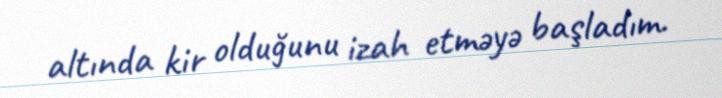
altında kir olduğunu izah etməyə başladım.